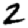
Digit: 2